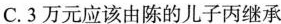
C. 3万元应该由陈的儿子丙继承